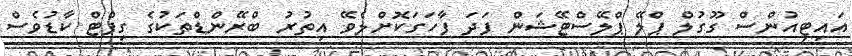
އައިޓިއުންސް ގޫގުލް ޕްލޭ ޕްލޭސްޓޭޝަން ފަދަ ފާހަގަކޮށްލެވޭ އިތުރު ބްރޭންޑްތަކުގެ ގިފްޓް ކާޑުވެސް